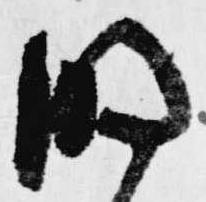
明